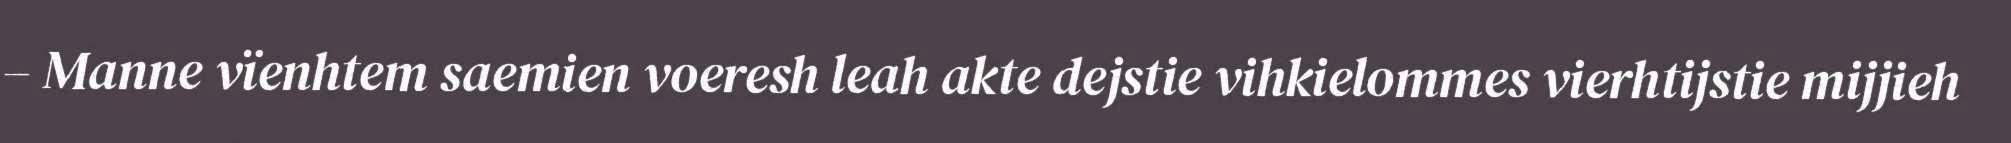
– Manne vïenhtem saemien voeresh leah akte dejstie vihkielommes vierhtijstie mijjieh